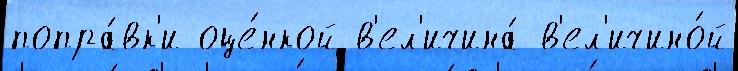
попра́вк'и оце́нкой в'ел'ичина́ в'ел'ичино́й